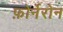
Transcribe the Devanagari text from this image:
फ़ोर्नेरोन